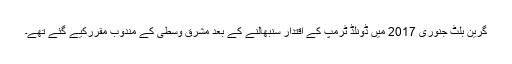
گرین بلٹ جنوری 2017 میں ڈونلڈ ٹرمپ کے اقتدار سنبھالنے کے بعد مشرق وسطیٰ کے مندوب مقررکیے گئے تھے۔